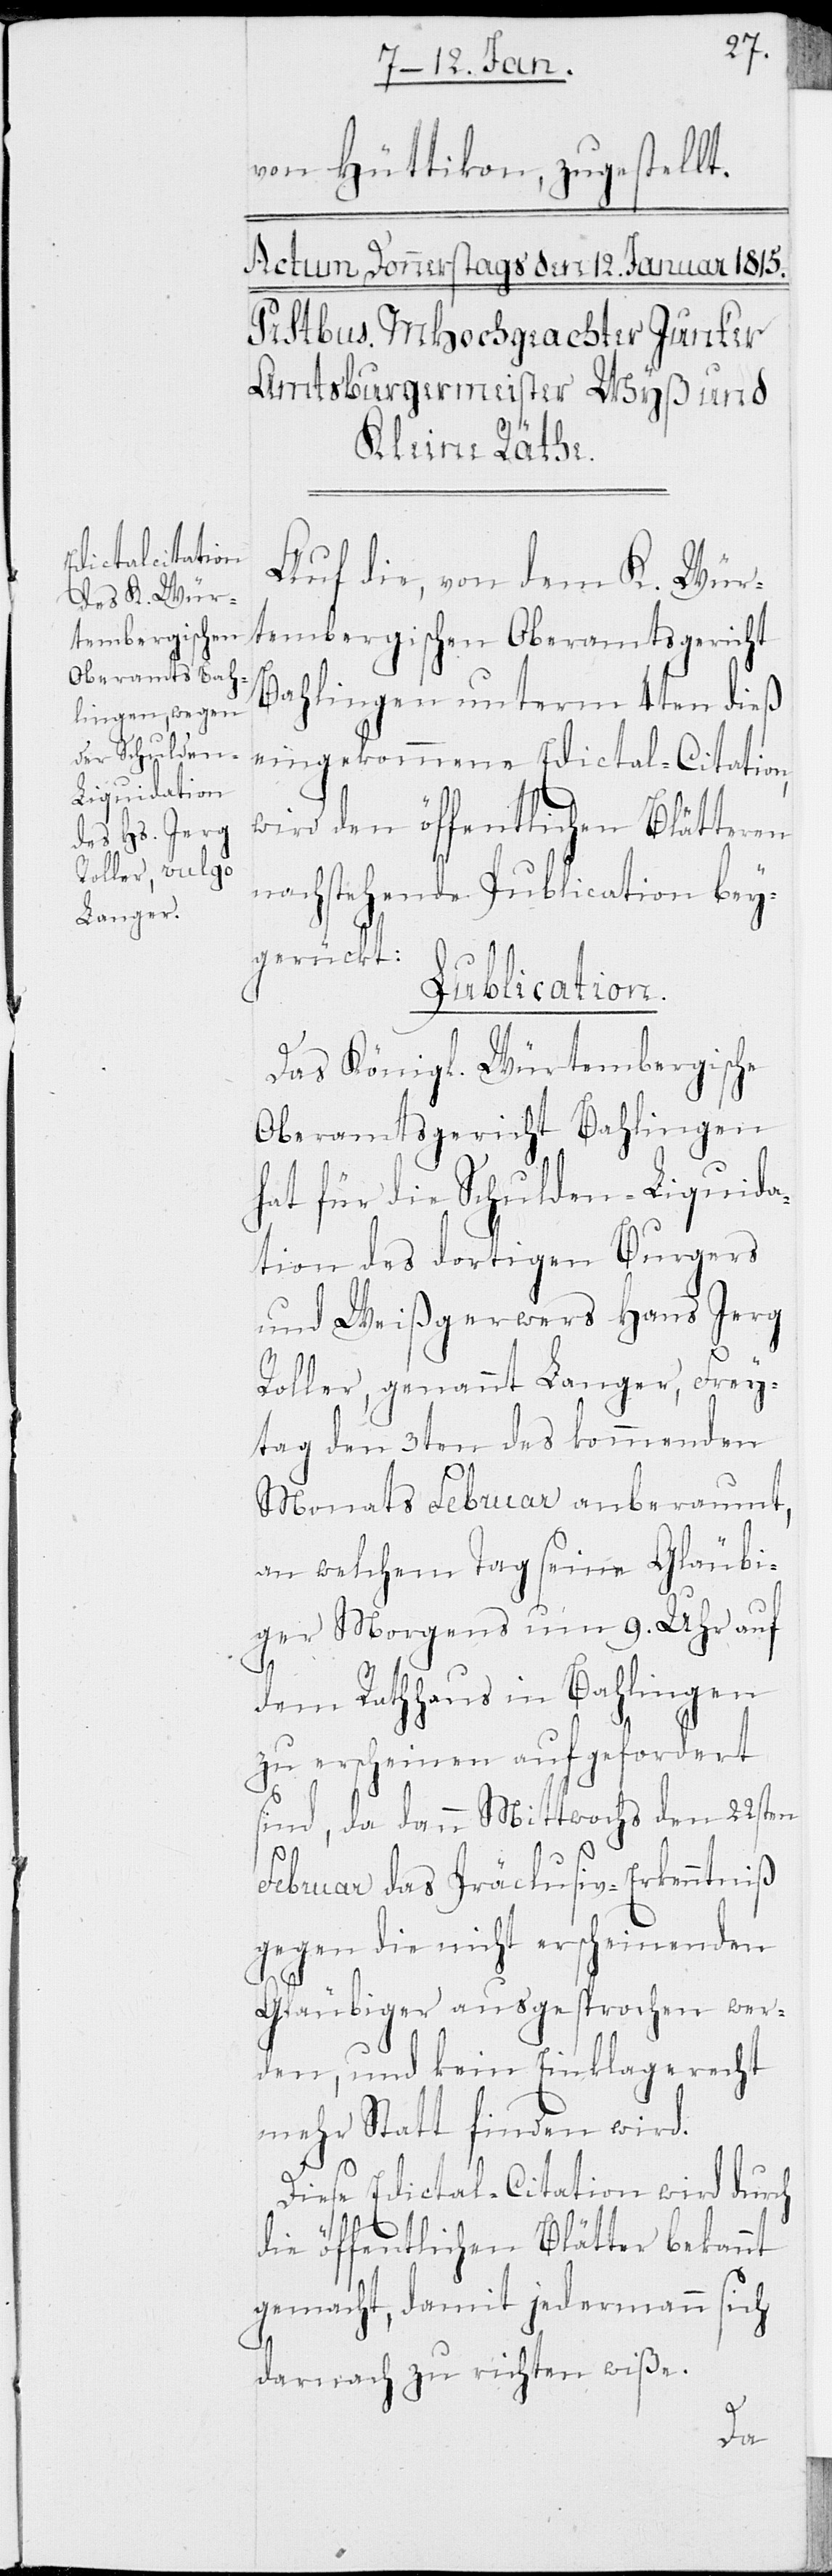
von Hüttikon, zugestellt.
Auf die, von dem K. Wür¬
tembergischen Oberamtsgericht
Bahlingen unterm 4ten dieß
eingekommene Edictal-Citation,
wird den öffentlichen Blätteren
nachstehende Publication bey¬
gerückt:
Publication.
Das Königl. Würtembergische
Oberamtsgericht Bahlingen
hat für die Schulden-Liquida¬
tion des dortigen Burgers
und Weißgerwers Hans Jerg
Roller, genannt Langer, Frey¬
tag den 3ten des kommenden
Monats Februar anberaumt,
an welchem Tag seine Gläubi¬
ger Morgens um 9. Uhr auf
dem Rathhaus in Bahlingen
zu erscheinen aufgefordert
sind, da dann Mittwochs den 22sten
Februar das Präclusiv-Erkenntniß
gegen die nicht erscheinenden
Gläubiger ausgesprochen wer¬
den, und kein Einklagerecht
mehr Statt finden wird.
Diese Edictal-Citation wird durch
die öffentlichen Blätter bekannt
gemacht, damit jedermann sich
darnach zu richten wiße.